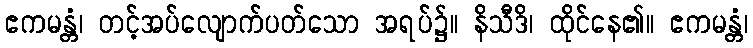
ဧကမန္တံ၊ တင့်အပ်လျောက်ပတ်သော အရပ်၌။ နိသီဒိ၊ ထိုင်နေ၏။ ဧကမန္တံ၊